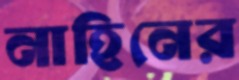
নাহিনের